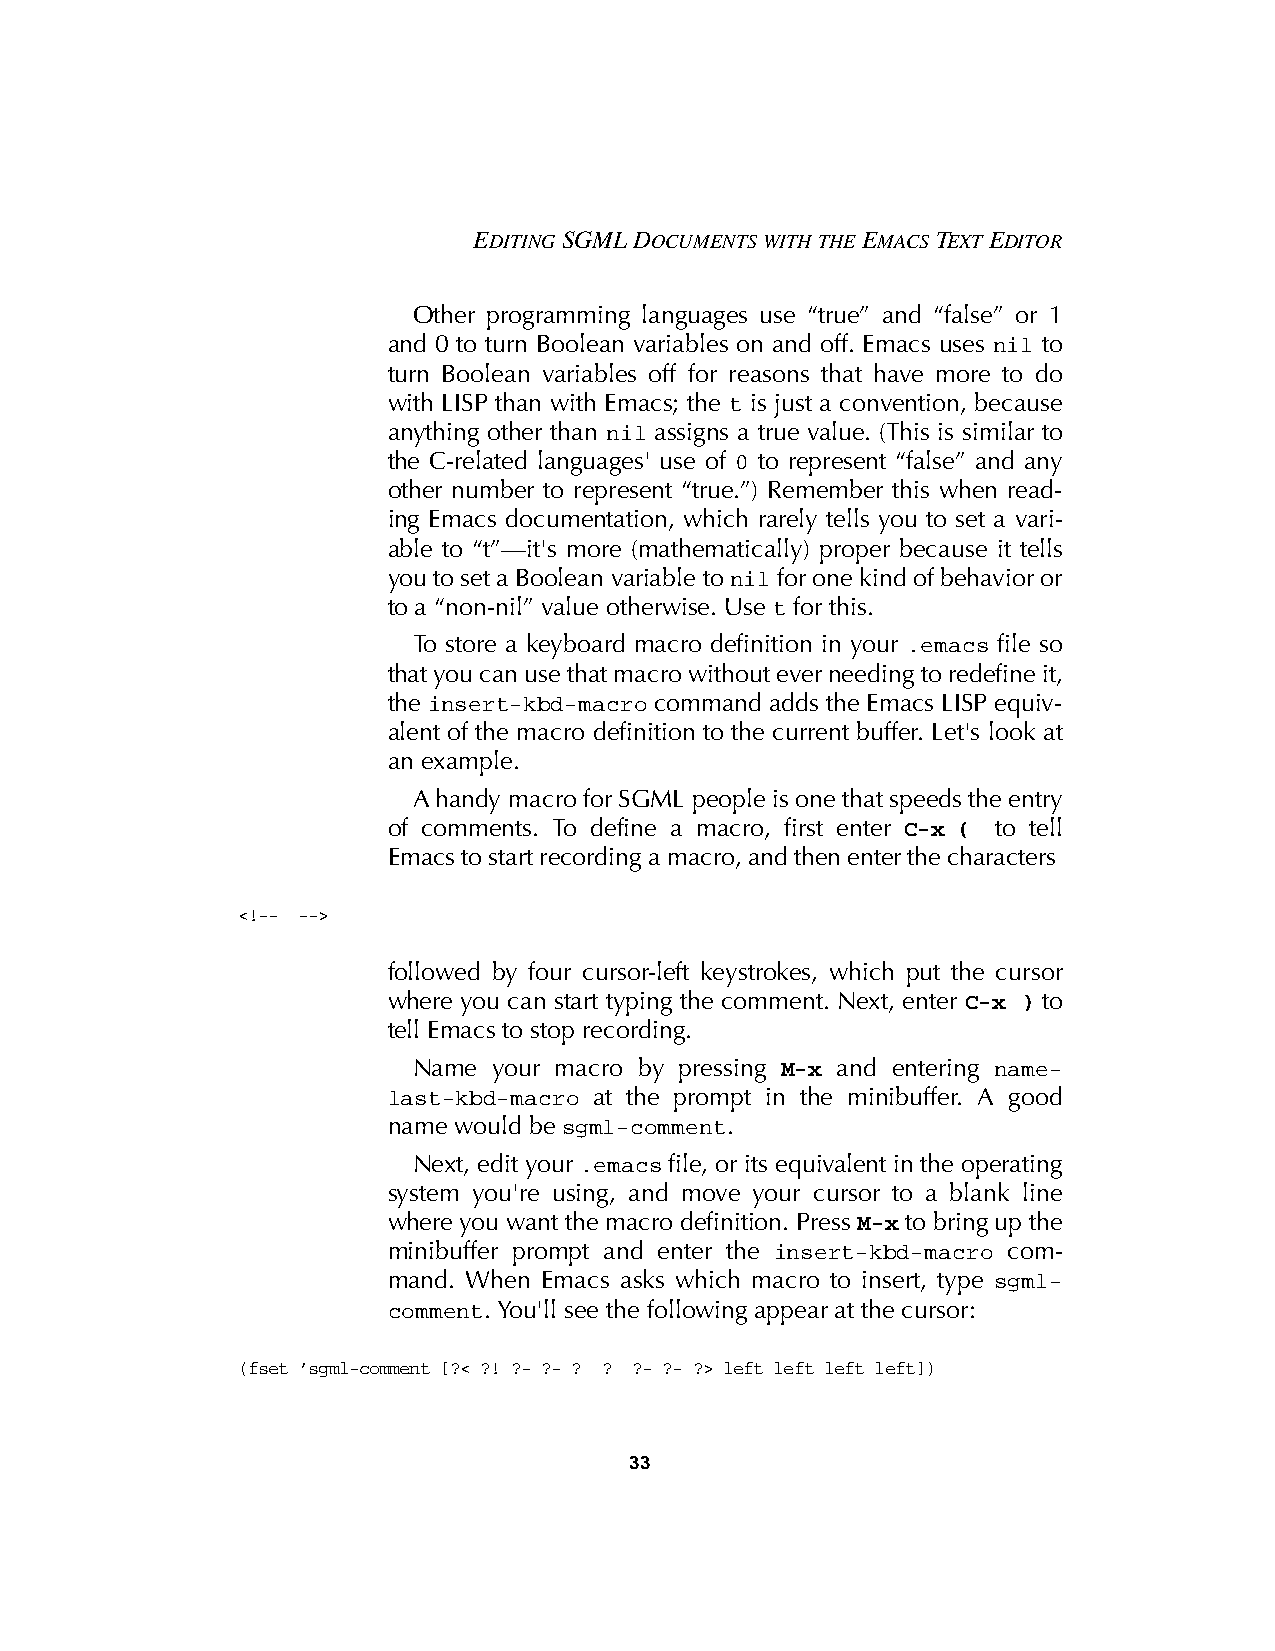
EDITING SGML DOCUMENTS WITH THE EMACS TEXT EDITOR
 Other programming languages use “true” and “false” or 1
 and 0 to turn Boolean variables on and off. Emacs uses nil to
 turn Boolean variables off for reasons that have more to do
 with LISP than with Emacs; the t is just a convention, because
 anything other than nil assigns a true value. (This is similar to
 the C-related languages' use of 0 to represent “false” and any
 other number to represent “true.”) Remember this when read-
 ing Emacs documentation, which rarely tells you to set a vari-
 able to “t”—it's more (mathematically) proper because it tells
 you to set a Boolean variable to nil for one kind of behavior or
 to a “non-nil” value otherwise. Use t for this.
 To store a keyboard macro definition in your .emacs file so
 that you can use that macro without ever needing to redefine it,
 the insert-kbd-macro command adds the Emacs LISP equiv-
 alent of the macro definition to the current buffer. Let's look at
 an example.
 A handy macro for SGML people is one that speeds the entry
 of comments. To define a macro, first enter C-x ( to tell
 Emacs to start recording a macro, and then enter the characters
 <!-- -->
 followed by four cursor-left keystrokes, which put the cursor
 where you can start typing the comment. Next, enter C-x ) to
 tell Emacs to stop recording.
 Name  your macro by pressing M-x and entering name-
 last-kbd-macro at the prompt in the minibuffer. A good
 name would be sgml-comment.
 Next, edit your .emacs file, or its equivalent in the operating
 system you're using, and move your cursor to a blank line
 where you want the macro definition. Press M-x to bring up the
 minibuffer prompt and enter the insert-kbd-macro com-
 mand. When Emacs asks which macro to insert, type sgml-
 comment. You'll see the following appear at the cursor:
 (fset ’sgml-comment [?< ?! ?- ?- ? ? ?- ?- ?> left left left left])
 33